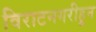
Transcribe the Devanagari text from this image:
विराटनगरीहून